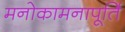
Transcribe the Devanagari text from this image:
मनोकामनापूर्ति